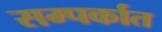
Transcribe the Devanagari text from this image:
सम्पर्कात